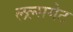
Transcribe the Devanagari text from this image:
लल्सगेट